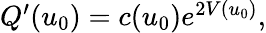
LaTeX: \begin{array}{r}{Q^{\prime}(u_{0})=c(u_{0})e^{2V(u_{0})},}\end{array}